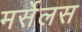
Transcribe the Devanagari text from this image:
मर्सेलस